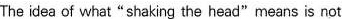
The idea of what "shaking the head"means is not